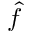
\hat { f }